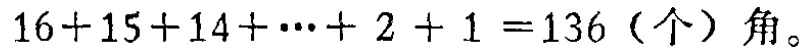
\(16 + 15 + 14 + \cdots + 2 + 1 = 136 \text{（个）角}。\)